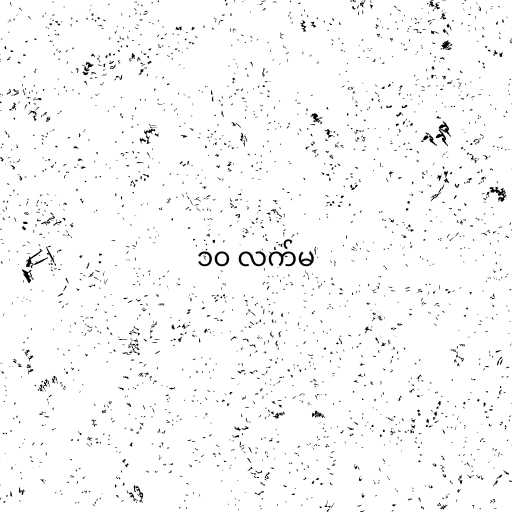
၁၀ လက်မ